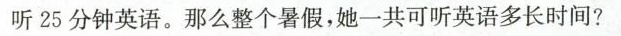
听25分钟英语。那么整个暑假，她一共可听英语多长时间?